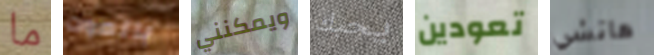
ما بالموت ويمكنني يحبك تعودين هاتشي